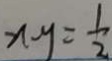
n - y = \frac { 1 } { 2 }